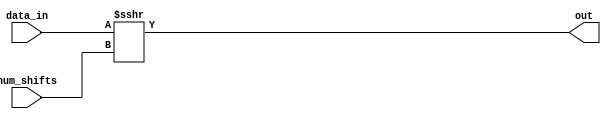
module shiftrightari32(
    input signed [31:0] data_in,
    input signed [31:0]  num_shifts,
    output wire [31:0] out
);												
	assign out[31:0] = data_in>>>num_shifts;
endmodule